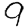
Digit: 9